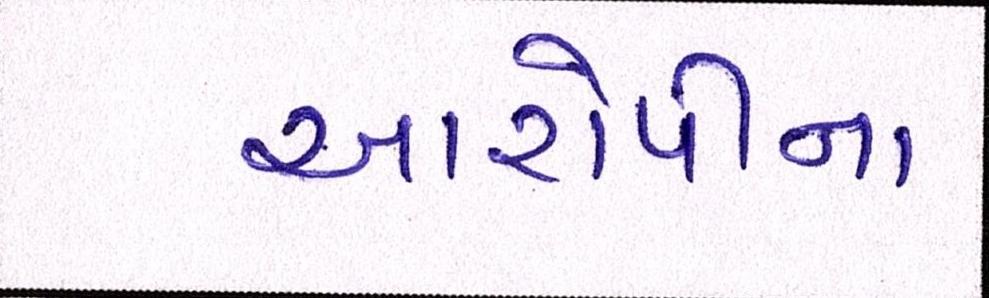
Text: આરોપીના